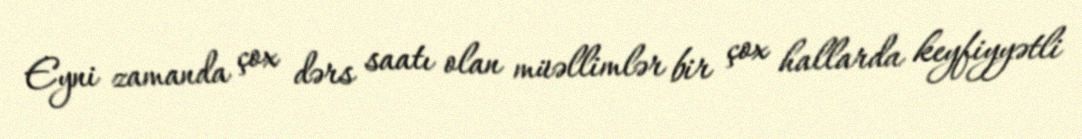
Eyni zamanda çox dərs saatı olan müəllimlər bir çox hallarda keyfiyyətli